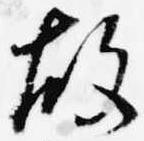
故